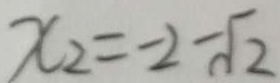
x _ { 2 } = - 2 - \sqrt { 2 }